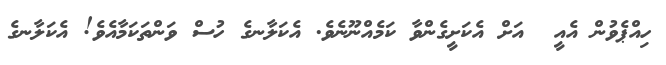
ހިއްޕެވުން އެއީ  އަށް އެކަށީގެންވާ ކަމެއްނޫނެވެ. އެކަލާނގެ ހުސް ވަންތަކަމާއެވެ! އެކަލާނގެ